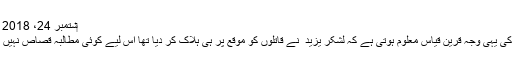
‏ستمبر 24، 2018 #7
اس کی یہی وجہ قرینِ قیاس معلوم ہوتی ہے کہ لشکرِ یزید ؒ نے قاتلوں کو موقع پر ہی ہلاک کر دیا تھا اس لیے کوئی مطالبۂ قصاص نہیں اُٹھا۔